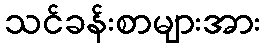
သင်ခန်းစာများအား